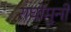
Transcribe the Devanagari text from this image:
राघोमुनी